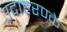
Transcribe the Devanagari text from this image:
उदाहरण्के